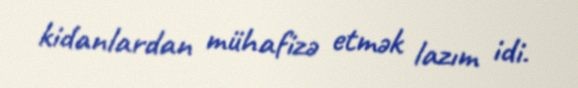
kidanlardan mühafizə etmək lazım idi.